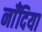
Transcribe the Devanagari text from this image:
नाँदिया